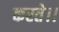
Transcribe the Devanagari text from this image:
करते।।